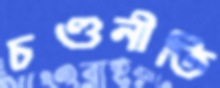
চণ্ডনীতি